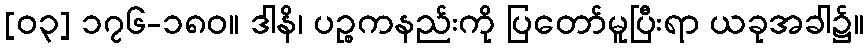
[၀၃] ၁၇၆-၁၈၀။ ဒါနိ၊ ပဉ္စကနည်းကို ပြတော်မူပြီးရာ ယခုအခါ၌။